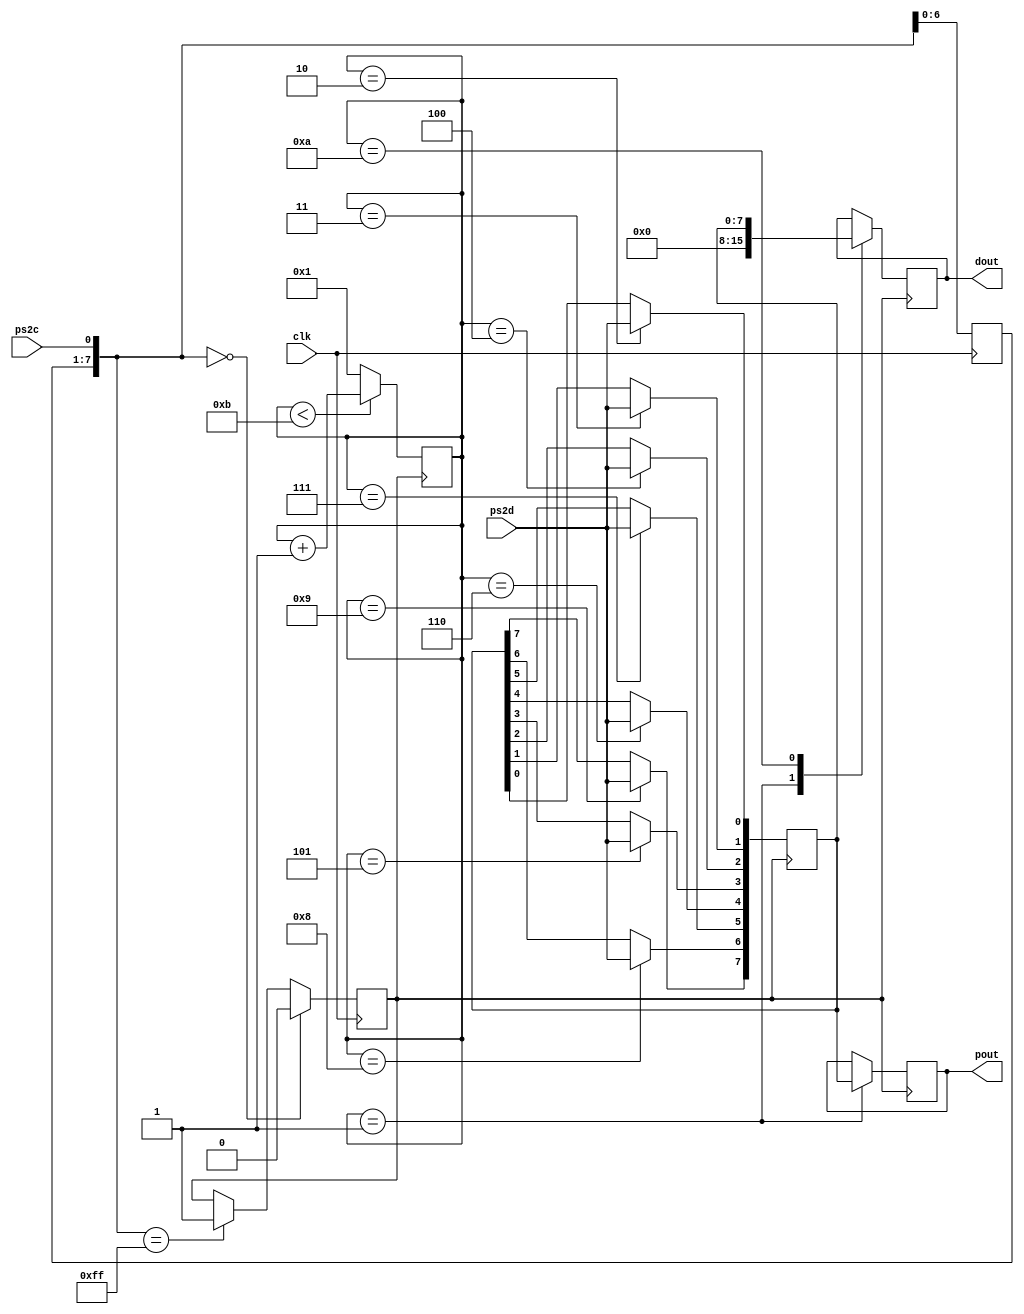
`timescale 1ns / 1ps
//////////////////////////////////////////////////////////////////////////////////
// Company: 
// Engineer: 
// 
// Design Name: 
// Module Name:    PS2_Sync 
// Project Name: 
// Target Devices: 
// Tool versions: 
// Description: 
//
// Dependencies: 
//
// Revision: 
// Revision 0.01 - File Created
// Additional Comments: 
//
//////////////////////////////////////////////////////////////////////////////////
module PS2_Sync(
    input ps2d,
    input ps2c,
    input clk,
    output [7:0] dout,
	 output [7:0] pout
    );
	
	reg [7:0] filter_reg;
	reg ps2c_reg;
	wire [7:0] filter_next;
	reg [7:0] data, curr, prev;
	reg [4:0] count;
	
	assign dout = curr;
	assign pout = prev;
	assign filter_next = {filter_reg[6:0],ps2c};
	
	initial begin
		count = 4'b1;
		filter_reg = 8'b0;
		data = 8'b0;
		prev = 8'b0;
		//ready = 1'b0;
	end
	
	
	always @(posedge clk) begin
		filter_reg = filter_next;
		ps2c_reg = (filter_reg == 8'b0)? 1'b0 :
			(filter_reg == 8'b1111_1111)? 1'b1 : ps2c_reg;
	end
	
	always @(negedge ps2c_reg) begin
		case(count)
			1: begin curr <= 8'h0; prev <= data; end//first bit
			2: data[0] <= ps2d;
			3: data[1] <= ps2d;
			4: data[2] <= ps2d;
			5: data[3] <= ps2d;
			6: data[4] <= ps2d;
			7: data[5] <= ps2d;
			8: data[6] <= ps2d;
			9: data[7] <= ps2d;
			10: curr <= data; // Parity bit, we assume it's correct :3
			11: ; // Ending bit, we prepare ready again
		endcase
		if (count < 4'd11) count <= count+1'b1;
		else count <= 1'b1;
	end

endmodule